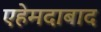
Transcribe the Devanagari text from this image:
एहेमदाबाद